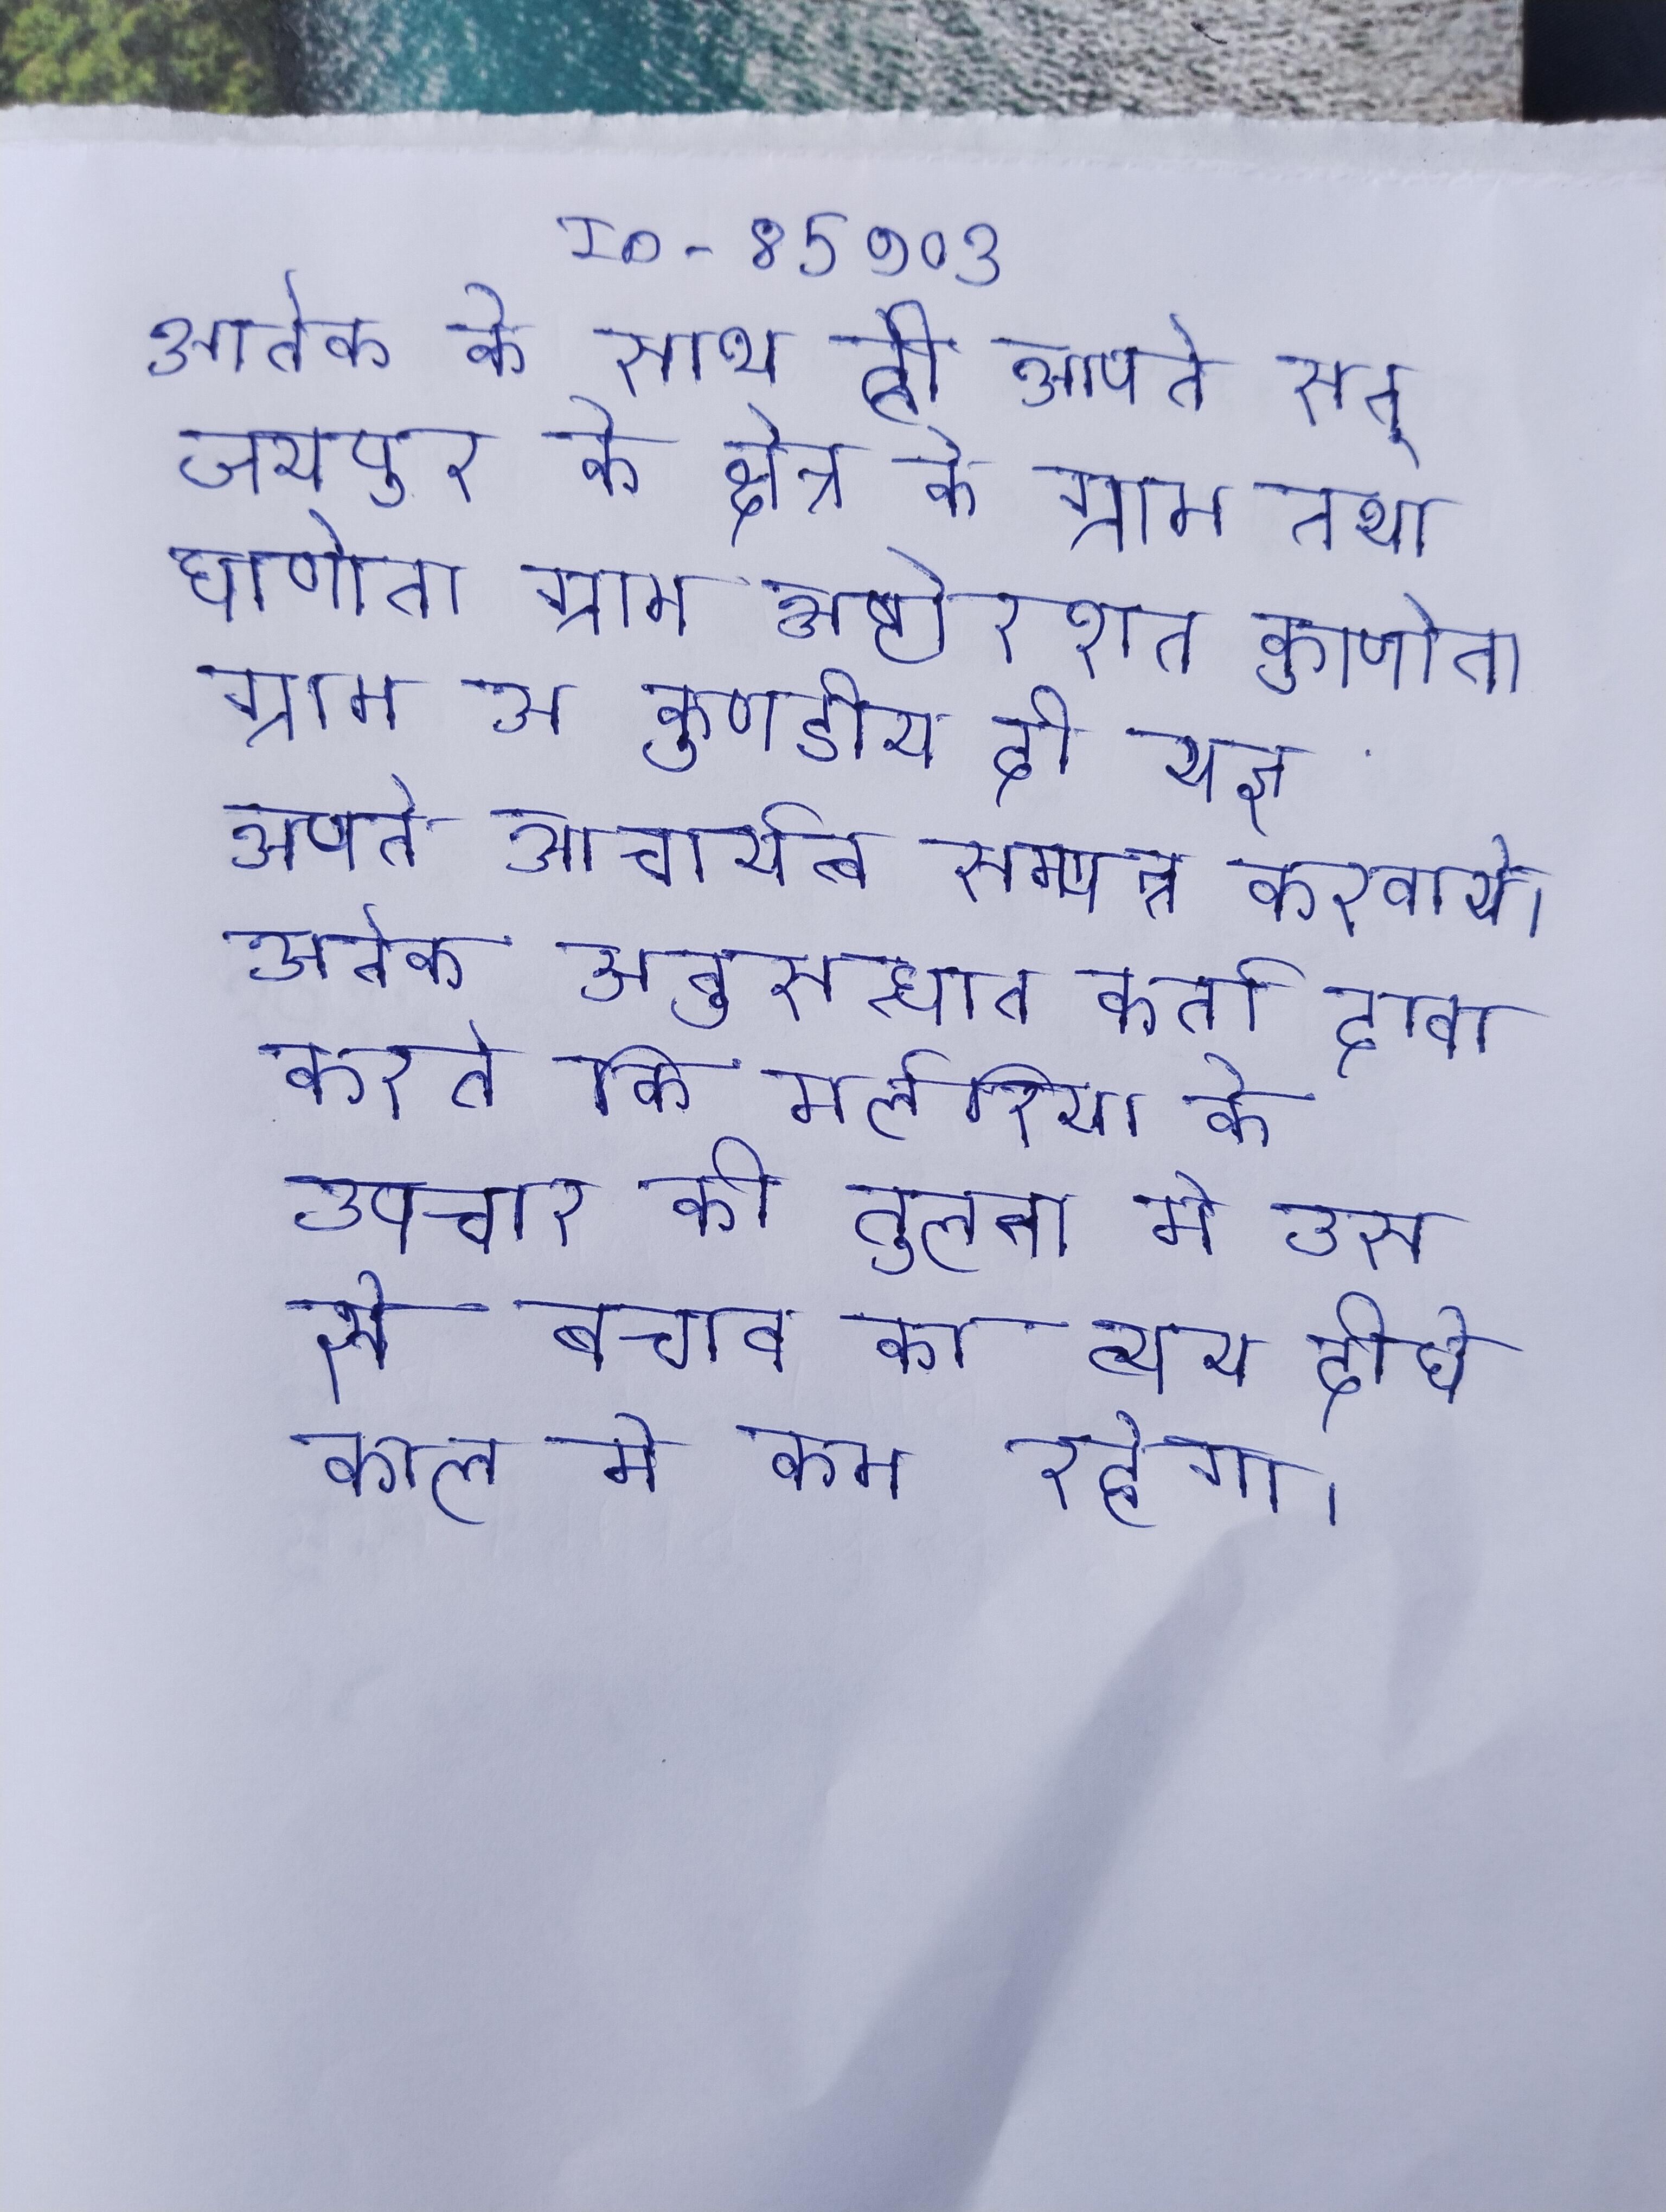
अनेक के साथ ही आपने सन् जयपुर के क्षेत्र के ग्राम तथा धाणोता ग्राम अष्टोत्तरशत कुण्डीय दो यज्ञ अपने आचार्यत्व सम्पन्न करवाये । अनेक अनुसन्धान कर्ता दावा करते कि मलेरिया के उपचार की तुलना मे उस से बचाव का व्यय दीर्घ काल मे कम रहेगा ।